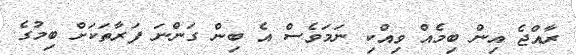
ރާއްޖެ އިން ބިމެއް ވިއްކި ނަމަވެސް އެ ބިން ގަންނަ ފަރާތަކަށް ބިމުގެ